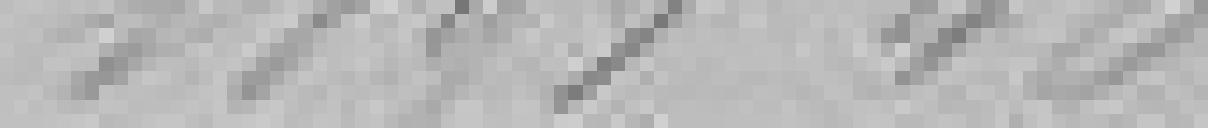
1891 40